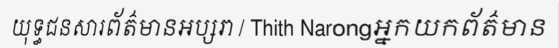
យុទ្ធជនសារព័ត៌មានអប្សរា / Thith Narongអ្នកយកព័ត៌មាន